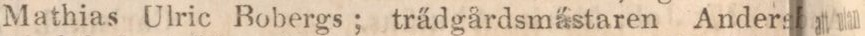
Mathias Ulric Bobergs; trädgårdsmästaren Anders